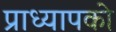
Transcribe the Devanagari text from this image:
प्राध्यापको